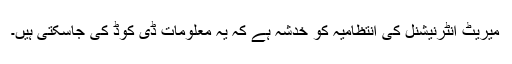
میریٹ انٹرنیشنل کی انتظامیہ کو خدشہ ہے کہ یہ معلومات ڈی کوڈ کی جاسکتی ہیں۔